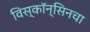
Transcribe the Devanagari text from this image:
विस्कॉन्सिनचा